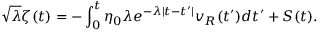
\sqrt { \lambda } \zeta ( t ) = - \int _ { 0 } ^ { t } \eta _ { 0 } \lambda e ^ { - \lambda | t - t ^ { \prime } | } v _ { R } ( t ^ { \prime } ) d t ^ { \prime } + S ( t ) .